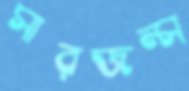
সারজন্স